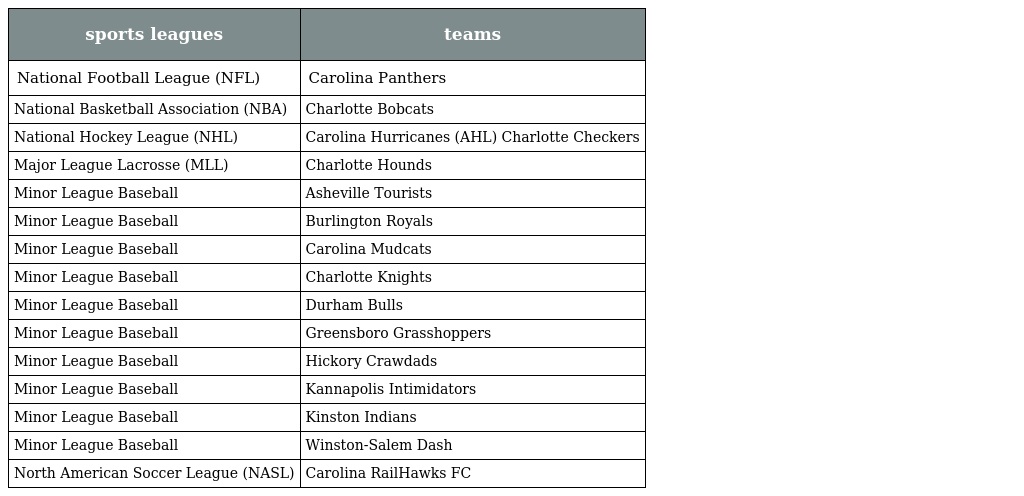
| sports leagues | teams |
 | --- | --- |
 | National Football League (NFL) | Carolina Panthers |
 | National Basketball Association (NBA) | Charlotte Bobcats |
 | National Hockey League (NHL) | Carolina Hurricanes (AHL) Charlotte Checkers |
 | Major League Lacrosse (MLL) | Charlotte Hounds |
 | Minor League Baseball | Asheville Tourists |
 | Minor League Baseball | Burlington Royals |
 | Minor League Baseball | Carolina Mudcats |
 | Minor League Baseball | Charlotte Knights |
 | Minor League Baseball | Durham Bulls |
 | Minor League Baseball | Greensboro Grasshoppers |
 | Minor League Baseball | Hickory Crawdads |
 | Minor League Baseball | Kannapolis Intimidators |
 | Minor League Baseball | Kinston Indians |
 | Minor League Baseball | Winston-Salem Dash |
 | North American Soccer League (NASL) | Carolina RailHawks FC |